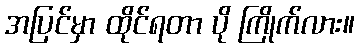
အပြင်မှာ ထိုင်ရတာ ပို ကြိုက်လား။